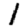
Digit: 1